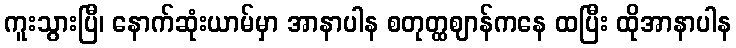
ကူးသွားပြီ၊ နောက်ဆုံးယာမ်မှာ အာနာပါန စတုတ္ထဈာန်ကနေ ထပြီး ထိုအာနာပါန